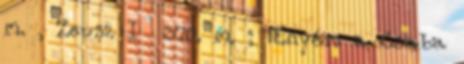
m. , Zeusz I 370. m. ; „Enyém a Csaba